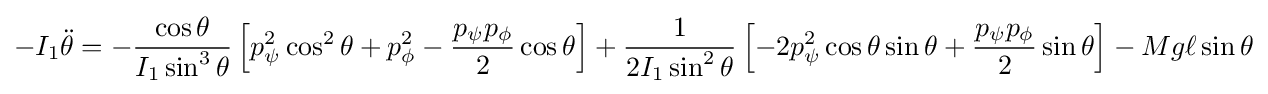
-I_{1}{\ddot {\theta }}=-{\frac {\cos \theta }{I_{1}\sin ^{3}\theta }}\left[p_{\psi }^{2}\cos ^{2}\theta +p_{\phi }^{2}-{\frac {p_{\psi }p_{\phi }}{2}}\cos \theta \right]+{\frac {1}{2I_{1}\sin ^{2}\theta }}\left[-2p_{\psi }^{2}\cos \theta \sin \theta +{\frac {p_{\psi }p_{\phi }}{2}}\sin \theta \right]-Mg\ell \sin \theta